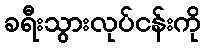
ခရီးသွားလုပ်ငန်းကို